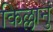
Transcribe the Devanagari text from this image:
किल्लानुं